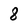
Character: 8